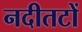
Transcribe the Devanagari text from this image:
नदीतटों